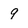
Character: 9